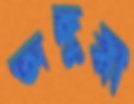
অঙ্গুরী